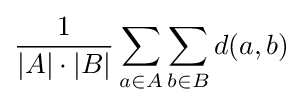
{\frac {1}{|A|\cdot |B|}}\sum _{a\in A}\sum _{b\in B}d(a,b)